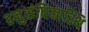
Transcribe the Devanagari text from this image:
हनुसंधिकास्थि